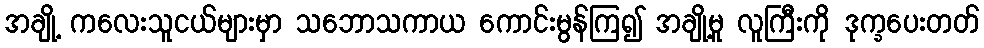
အချို့ ကလေးသူငယ်များမှာ သဘောသကာယ ကောင်းမွန်ကြ၍ အချို့မူ လူကြီးကို ဒုက္ခပေးတတ်